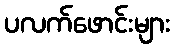
ပလက်ဖောင်းများ